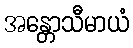
အန္တောသီမာယံ